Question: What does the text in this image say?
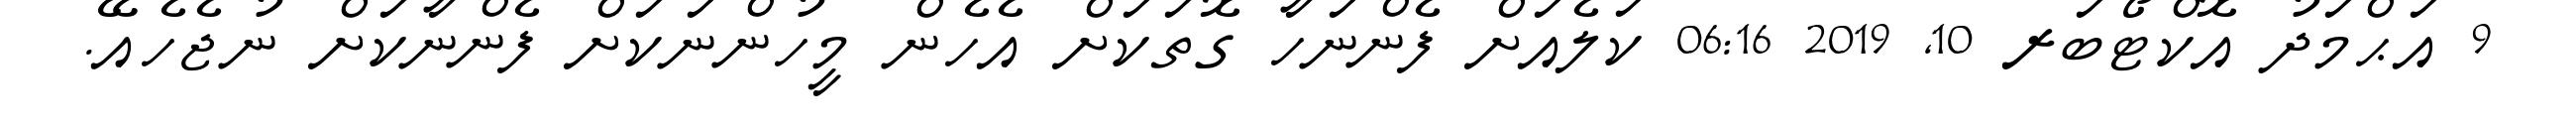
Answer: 9 އަޙްމަދު އޮކްޓޯބަރ 10, 2019 06:16 ކަލެއަށް ފެންނަހާ ގޮތަކަށް އެހެން މީހުންނަކަށް ފެންނާކަށް ނުޖެހެއޭ.